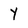
Character: Y